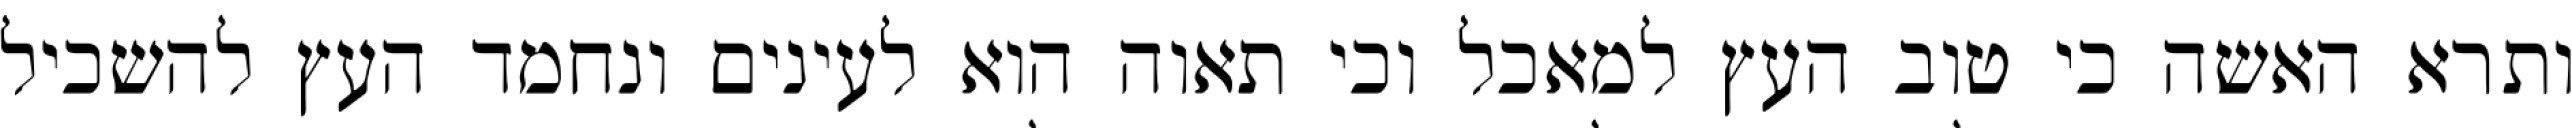
ותרא האשה כי טוב העץ למאכל וכי תאוה הוא לעינים ונחמד העץ להשכיל